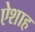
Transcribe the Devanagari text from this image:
ऐशाह